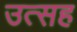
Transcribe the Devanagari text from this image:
उत्सह